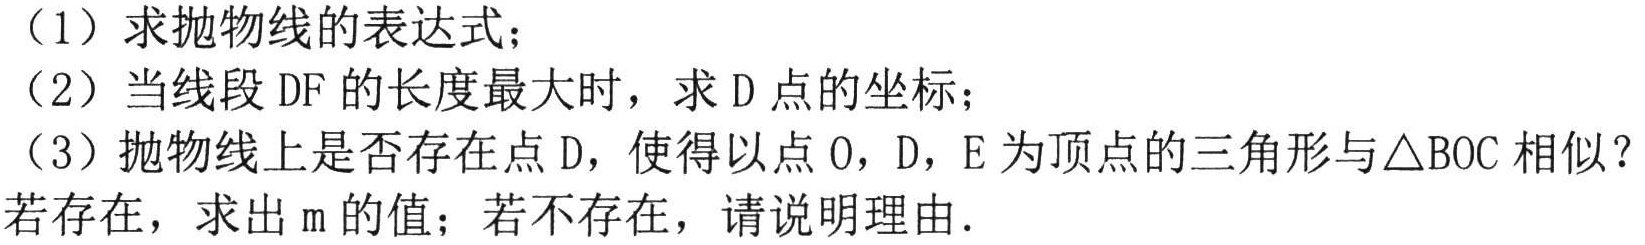
（1）求抛物线的表达式；
（2）当线段 \(DF\) 的长度最大时，求 \(D\) 点的坐标；
（3）抛物线上是否存在点 \(D\)，使得以点 \(O\)，\(D\)，\(E\) 为顶点的三角形与\(\triangle BOC\) 相似？若存在，求出 \(m\) 的值；若不存在，请说明理由.